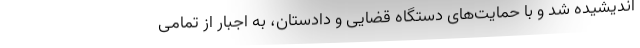
اندیشیده شد و با حمایت‌های دستگاه قضایی و دادستان، به اجبار از تمامی